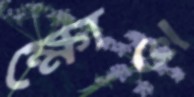
ক্ষোভ